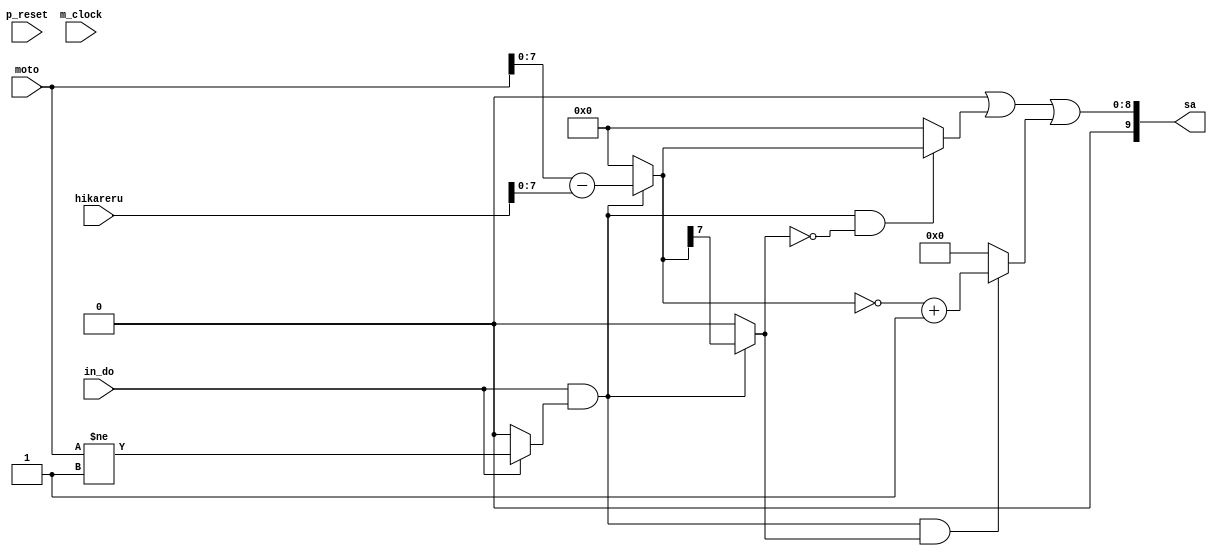

/*Produced by NSL Core(version=20240424), IP ARCH, Inc. Sun May 26 17:36:12 2024
 Licensed to :EVALUATION USER*/
/*
 DO NOT USE ANY PART OF THIS FILE FOR COMMERCIAL PRODUCTS. 
*/

module sub_plot ( p_reset , m_clock , hikareru , moto , sa , in_do );
  input p_reset, m_clock;
  wire p_reset, m_clock;
  input [9:0] hikareru;
  wire [9:0] hikareru;
  input [9:0] moto;
  wire [9:0] moto;
  output [9:0] sa;
  wire [9:0] sa;
  input in_do;
  wire in_do;
  wire [7:0] result;
  wire _net_0;
  wire _net_1;
  wire [7:0] _net_2;
  wire [7:0] _net_3;

   assign  result = 
// synthesis translate_off
// synopsys translate_off
((in_do&_net_0))? 
// synthesis translate_on
// synopsys translate_on
(((in_do&_net_0))?(moto-hikareru):8'b0)
// synthesis translate_off
// synopsys translate_off
:8'bx
// synthesis translate_on
// synopsys translate_on
;
   assign  _net_0 = 
// synthesis translate_off
// synopsys translate_off
(in_do)? 
// synthesis translate_on
// synopsys translate_on
((in_do)?(moto != 8'b00000001):1'b0)
// synthesis translate_off
// synopsys translate_off
:1'bx
// synthesis translate_on
// synopsys translate_on
;
   assign  _net_1 = 
// synthesis translate_off
// synopsys translate_off
((in_do&_net_0))? 
// synthesis translate_on
// synopsys translate_on
(((in_do&_net_0))?(result[7]):1'b0)
// synthesis translate_off
// synopsys translate_off
:1'bx
// synthesis translate_on
// synopsys translate_on
;
   assign  _net_2 = (~result);
   assign  _net_3 = 8'b00000001;

// synthesis translate_off
// synopsys translate_off
always @(posedge m_clock or negedge p_reset)
  begin
if ((((in_do&(~_net_0))&((in_do&_net_0)&(~_net_1)))|(((in_do&(~_net_0))|((in_do&_net_0)&(~_net_1)))&((in_do&_net_0)&_net_1))))
 begin $display("Warning: assign collision(sub_plot:sa) at %d",$time);
if ((in_do&(~_net_0))) $display("assert ((in_do&(~_net_0))) line 17 at %d\n",$time);
if (((in_do&_net_0)&(~_net_1))) $display("assert (((in_do&_net_0)&(~_net_1))) line 14 at %d\n",$time);
if (((in_do&_net_0)&_net_1)) $display("assert (((in_do&_net_0)&_net_1)) line 12 at %d\n",$time);
 end
 end

// synthesis translate_on
// synopsys translate_on
   assign  sa = 
// synthesis translate_off
// synopsys translate_off
((((in_do&(~_net_0))&((in_do&_net_0)&(~_net_1)))|(((in_do&(~_net_0))|((in_do&_net_0)&(~_net_1)))&((in_do&_net_0)&_net_1))))? 10'bx :((((in_do&(~_net_0))|((in_do&_net_0)&(~_net_1)))|((in_do&_net_0)&_net_1)))? 
// synthesis translate_on
// synopsys translate_on
(((in_do&(~_net_0)))?10'b0000000000:10'b0)|
    ((((in_do&_net_0)&(~_net_1)))?result:10'b0)|
    ((((in_do&_net_0)&_net_1))?(({2'b00,_net_2})+({2'b00,_net_3})):10'b0)
// synthesis translate_off
// synopsys translate_off
:10'bx
// synthesis translate_on
// synopsys translate_on
;
endmodule

/*Produced by NSL Core(version=20240424), IP ARCH, Inc. Sun May 26 17:36:12 2024
 Licensed to :EVALUATION USER*/